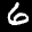
Label: 6